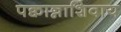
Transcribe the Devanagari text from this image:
पक्वान्नाशिवाय